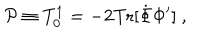
{ \cal P } \equiv T _ { 0 } ^ { 1 } = - 2 \mathrm { T r } [ \dot { \Phi } \Phi ^ { \prime } ] \ ,